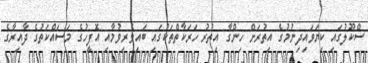
ސްކޫލުގައި ކިޔަވައިދިނުމުގެ އިތުރަށް ހިންގާ އިތުރު ހަރަކާތްތަކުގައި ބައިވެރިވުމާއި އޮފީހުގެ މަސައްކަތުގެ ދާއިރާގެ